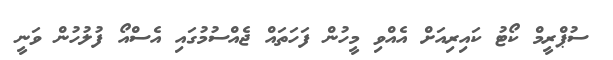
ސުޕްރީމް ކޯޓު ކައިރިއަށް އެއްވި މީހުން ފަހަތައް ޖެއްސުމުގައި އެސްއޯ ފުލުހުން ވަނީ